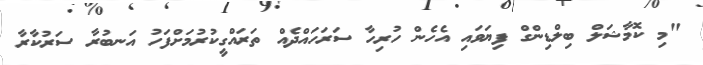
"މި ކޮމާޝަލް ބިލްޑިންގް ފިޔަވައި އެހެން ހުރިހާ ސަރަހައްދެއް ތަރައްގީކުރުމަށްފަހު އަނބުރާ ސަރުކާރާ